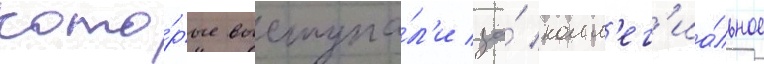
кото́рые выступа́л'и за́ колл'ег'иа́льное